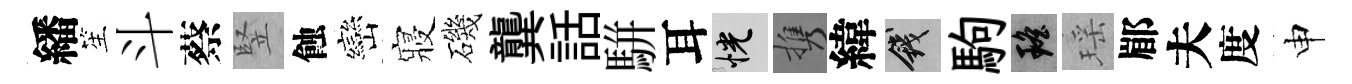
繙笙斗蔡竪蝕巒寢磯龔話駢耳恍携緯錢駒瑶瑶郿夫度申